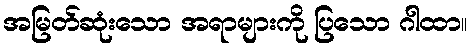
အမြတ်ဆုံးသော အရာများကို ပြသော ဂါထာ။